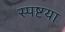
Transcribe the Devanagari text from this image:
स्पष्टया